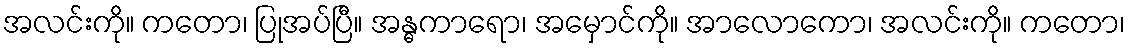
အလင်းကို။ ကတော၊ ပြုအပ်ပြီ။ အန္ဓကာရော၊ အမှောင်ကို။ အာလောကော၊ အလင်းကို။ ကတော၊